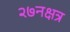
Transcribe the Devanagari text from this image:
२७नक्षत्र